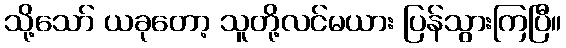
သို့သော် ယခုတော့ သူတို့လင်မယား ပြန်သွားကြပြီ။